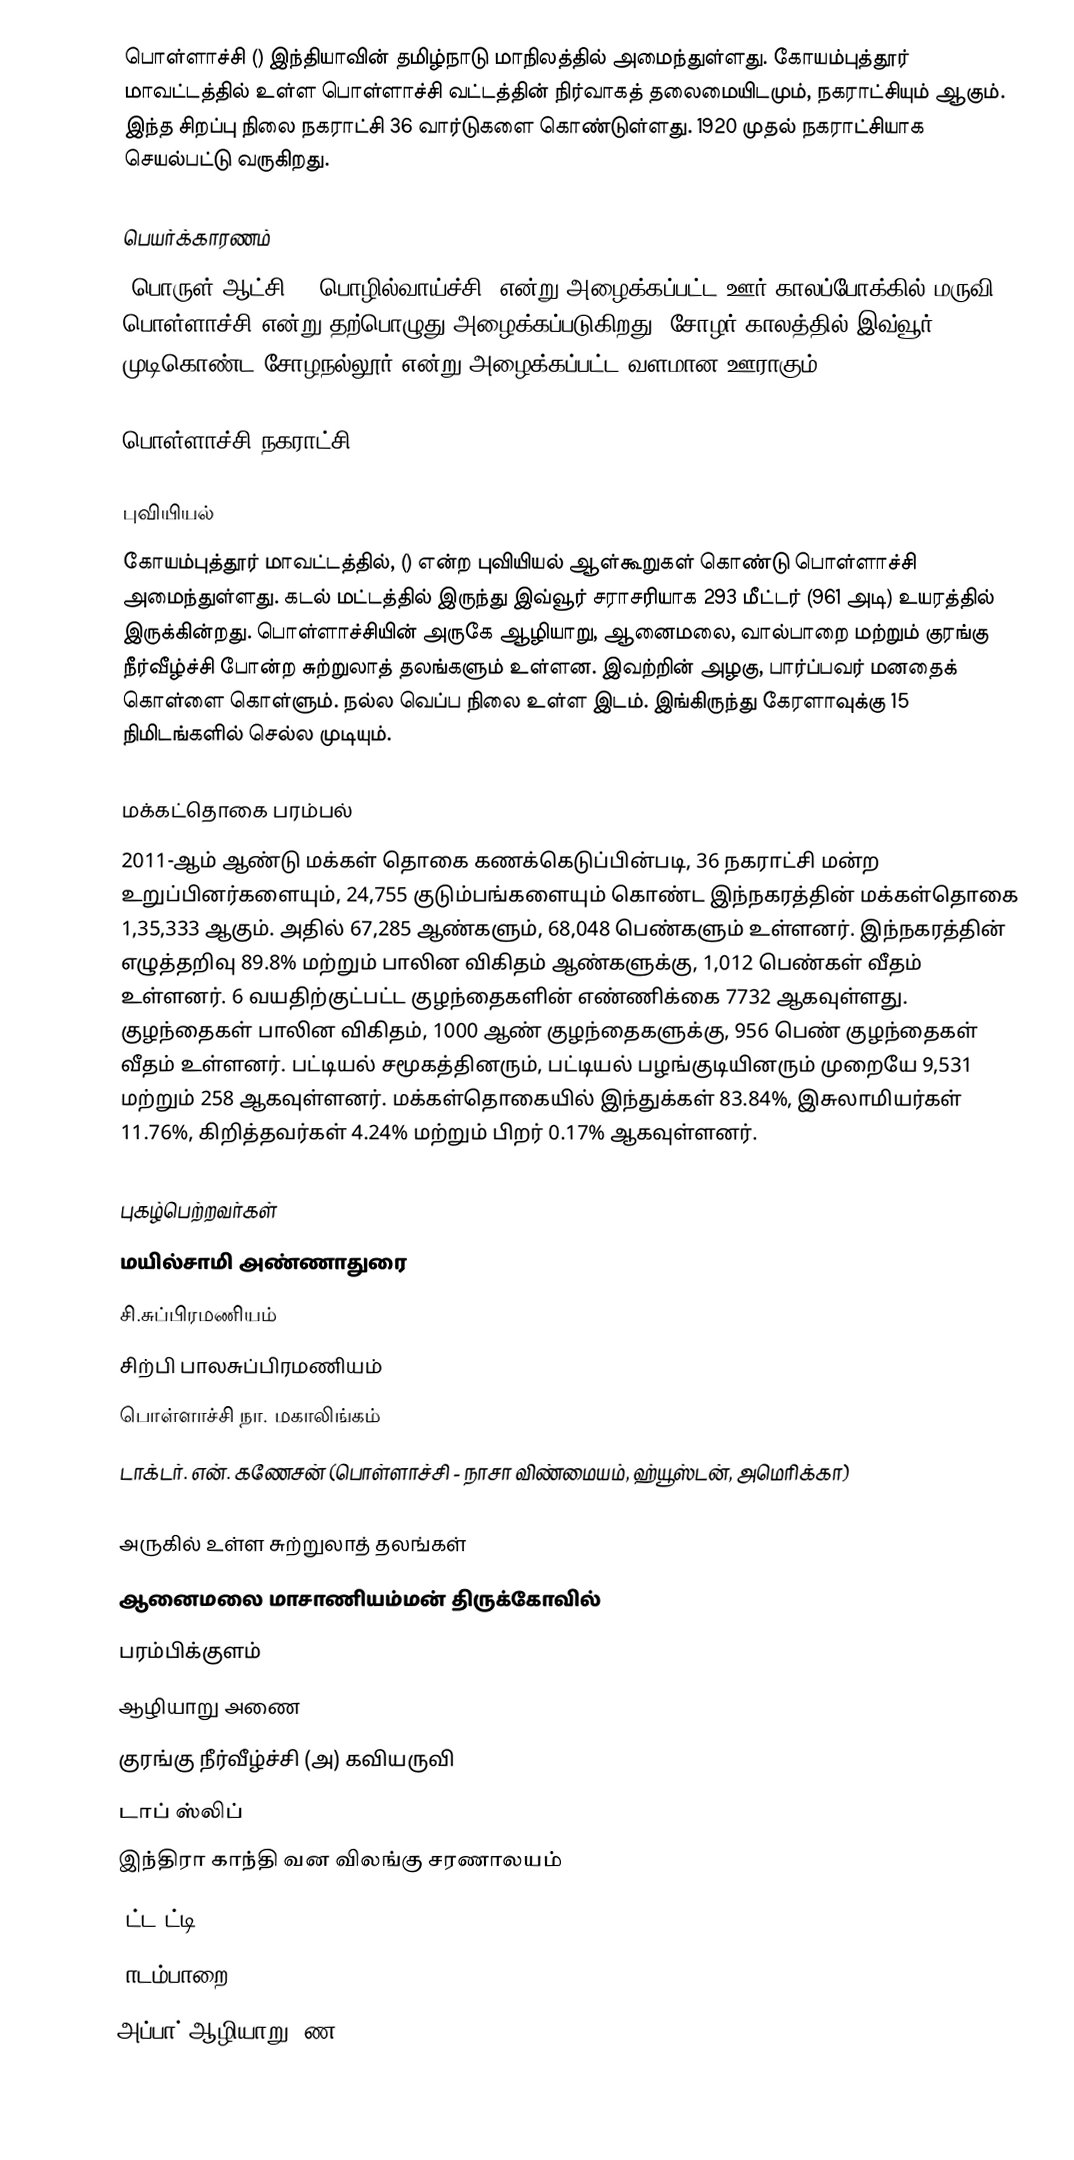
பொள்ளாச்சி () இந்தியாவின் தமிழ்நாடு மாநிலத்தில் அமைந்துள்ளது. கோயம்புத்தூர் மாவட்டத்தில் உள்ள பொள்ளாச்சி வட்டத்தின் நிர்வாகத் தலைமையிடமும், நகராட்சியும் ஆகும். இந்த சிறப்பு நிலை நகராட்சி 36 வார்டுகளை கொண்டுள்ளது. 1920 முதல் நகராட்சியாக செயல்பட்டு வருகிறது.

பெயர்க்காரணம்
'பொருள் ஆட்சி', 'பொழில்வாய்ச்சி' என்று அழைக்கப்பட்ட ஊர் காலப்போக்கில் மருவி பொள்ளாச்சி  என்று தற்பொழுது அழைக்கப்படுகிறது. சோழர் காலத்தில் இவ்வூர் முடிகொண்ட சோழநல்லூர் என்று அழைக்கப்பட்ட வளமான ஊராகும்.

பொள்ளாச்சி நகராட்சி

புவியியல்
கோயம்புத்தூர் மாவட்டத்தில், () என்ற புவியியல் ஆள்கூறுகள் கொண்டு பொள்ளாச்சி அமைந்துள்ளது. கடல் மட்டத்தில் இருந்து இவ்வூர் சராசரியாக 293 மீட்டர் (961 அடி) உயரத்தில் இருக்கின்றது. பொள்ளாச்சியின் அருகே ஆழியாறு, ஆனைமலை, வால்பாறை மற்றும் குரங்கு நீர்வீழ்ச்சி போன்ற சுற்றுலாத் தலங்களும் உள்ளன. இவற்றின் அழகு, பார்ப்பவர் மனதைக் கொள்ளை கொள்ளும். நல்ல வெப்ப நிலை உள்ள இடம். இங்கிருந்து கேரளாவுக்கு 15 நிமிடங்களில் செல்ல முடியும்.

மக்கட்தொகை பரம்பல்
2011-ஆம் ஆண்டு மக்கள் தொகை கணக்கெடுப்பின்படி,  36 நகராட்சி மன்ற உறுப்பினர்களையும், 24,755 குடும்பங்களையும் கொண்ட இந்நகரத்தின் மக்கள்தொகை  1,35,333  ஆகும். அதில் 67,285   ஆண்களும், 68,048 பெண்களும் உள்ளனர்.   இந்நகரத்தின் எழுத்தறிவு 89.8%   மற்றும் பாலின விகிதம்  ஆண்களுக்கு, 1,012 பெண்கள் வீதம் உள்ளனர். 6 வயதிற்குட்பட்ட குழந்தைகளின் எண்ணிக்கை 7732   ஆகவுள்ளது. குழந்தைகள் பாலின விகிதம்,  1000 ஆண் குழந்தைகளுக்கு, 956  பெண் குழந்தைகள் வீதம் உள்ளனர். பட்டியல் சமூகத்தினரும், பட்டியல் பழங்குடியினரும் முறையே 9,531 மற்றும்  258 ஆகவுள்ளனர். மக்கள்தொகையில் இந்துக்கள் 83.84%, இசுலாமியர்கள் 11.76%, கிறித்தவர்கள் 4.24% மற்றும் பிறர் 0.17% ஆகவுள்ளனர்.

புகழ்பெற்றவர்கள்
 மயில்சாமி அண்ணாதுரை
 சி.சுப்பிரமணியம்
 சிற்பி பாலசுப்பிரமணியம்
 பொள்ளாச்சி நா. மகாலிங்கம்
 டாக்டர். என். கணேசன் (பொள்ளாச்சி - நாசா விண்மையம், ஹ்யூஸ்டன், அமெரிக்கா)

அருகில் உள்ள சுற்றுலாத் தலங்கள்
 ஆனைமலை மாசாணியம்மன் திருக்கோவில்
 பரம்பிக்குளம்
 ஆழியாறு அணை
 குரங்கு நீர்வீழ்ச்சி (அ) கவியருவி
 டாப் ஸ்லிப்
 இந்திரா காந்தி வன விலங்கு சரணாலயம்
 ௮ட்ட௧ட்டி
 ௧ாடம்பாறை
 அப்பா் ஆழியாறு ௮ண